Medical and sanitary report of the native army of Bengal for the year
Year: 1874
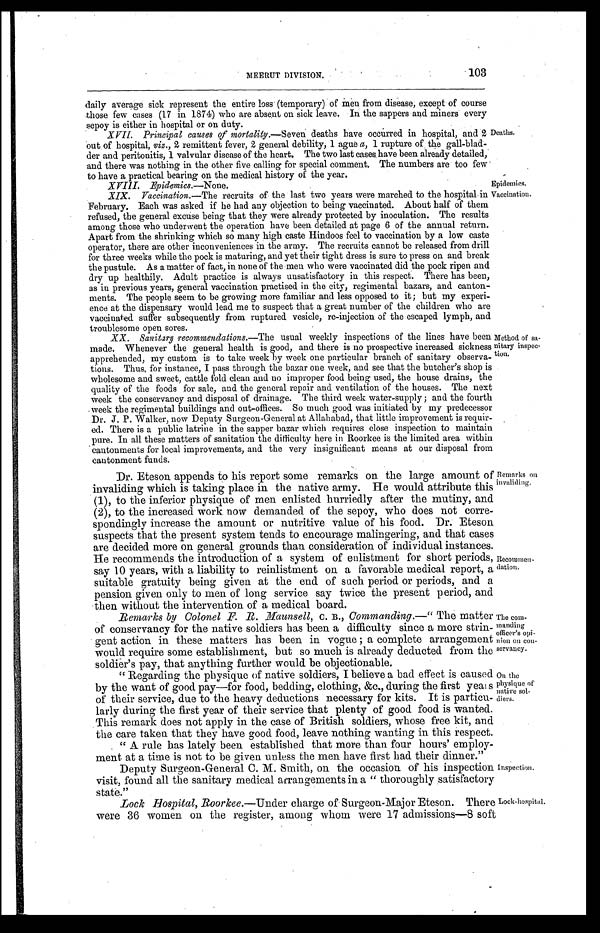
MEERUT DIVISION.
103
XVIII. Epidemics.—None.
Epidemics.
daily average sick represent the entire loss (temporary) of men from disease, except of course
those few cases (17 in 1874) who are absent on sick leave. In the sappers and miners every
sepoy is either in hospital or on duty.
XVII. Principal causes of mortality.— Seven deaths have occurred in hospital, and 2
out of hospital, viz., 2 remittent fever, 2 general debility, 1 ague a, 1 rupture of the gall-blad-
der and peritonitis, 1 valvular disease of the heart. The two last cases have been already detailed,
and there was nothing in the other five calling for special comment. The numbers are too few
to have a practical bearing on the medical history of the year.
Deaths.
XIX.
Vaccination.— The recruits of the last two years were marched to the hospital in
February. Each was asked if he had any objection to being vaccinated. About half of them
refused, the general excuse being that they were already protected by inoculation. The results
among those who underwent the operation have been detailed at page 6 of the annual return.
Apart from the shrinking which so many high caste Hindoos feel to vaccination by a low caste
operator, there are other inconveniences in the army. The recruits cannot be released from drill
for three weeks while the pock is maturing, and yet their tight dress is sure to press on and break
the pustule. As a matter of fact, in none of the men who were vaccinated did the pock ripen and
dry up healthily. Adult practice is always unsatisfactory in this respect. There has been,
as in previous years, general vaccination practised in the city, regimental bazars, and canton-
ments. The people seem to be growing more familiar and less opposed to it ; but my experi-
ence at the dispensary would lead me to suspect that a great number of the children who are
vaccinated suffer subsequently from ruptured vesicle, re-injection of the escaped lymph, and
troublesome open sores.
XX.
Sanitary recommendations.—The usual weekly inspections of the lines have been
made. Whenever the general health is good, and there is no prospective increased sickness
apprehended, my custom is to take week by week one particular branch of sanitary observa-
tions. Thus, for instance, I pass through the bazar one week, and see that the butcher's shop is
wholesome and sweet, cattle fold clean and no improper food being used, the house drains, the
quality of the foods for sale, and the general repair and ventilation of the houses. The next
week the conservancy and disposal of drainage. The third week water-supply ; and the fourth
week the regimental buildings and out-offices. So much good was initiated by my predecessor
Dr. J. P. Walker, now Deputy Surgeon-General at Allahabad, that little improvement is requir-
ed. There is a public latrine in the sapper bazar which requires close inspection to maintain
pure. In all these matters of sanitation the difficulty here in Roorkee is the limited area within
cantonments for local improvements, and the very insignificant means at our disposal from
cantonment funds.
Vaccination.
Method of sa-
nitary inspec-
tion.
Dr. Eteson appends to his report some remarks on the large amount of
invaliding which is taking place in the native army. He would attribute this
(1), to the inferior physique of men enlisted hurriedly after the mutiny, and
(2), to the increased work now demanded of the sepoy, who does not corre-
spondingly increase the amount or nutritive value of his food. Dr. Eteson
suspects that the present system tends to encourage malingering, and that cases
are decided more on general grounds than consideration of individual instances.
He recommends the introduction of a system of enlistment for short periods,
say 10 years, with a liability to reinlistment on a favorable medical report, a
suitable gratuity being given at the end of such period or periods, and a
pension given only to men of long service say twice the present period, and
then without the intervention of a medical board.
Remarks by Colonel F. R. Maunsell, C. B., Commanding.—" The matter
of conservancy for the native soldiers has been a difficulty since a more strin-
gent action in these matters has been in vogue ; a complete arrangement
would require some establishment, but so much is already deducted from the
soldier's pay, that anything further would be objectionable.
Remarks on
invaliding.
Recommen-
dation.
The com-
manding
officer's opi-
nion on con-
servancy.
" Regarding the physique of native soldiers, I believe a bad effect is caused
by the want of good pay—for food, bedding, clothing, &c., during the first years
of their service, due to the heavy deductions necessary for kits. It is particu-
larly during the first year of their service that plenty of good food is wanted.
This remark does not apply in the case of British soldiers, whose free kit, and
the care taken that they have good food, leave nothing wanting in this respect.
" A rule has lately been established that more than four hours' employ-
ment at a time is not to be given unless the men have first had their dinner."
Deputy Surgeon-General C. M. Smith, on the occasion of his inspection
visit, found all the sanitary medical arrangements in a " thoroughly satisfactory
state."
On the
physique of
native sol-
diers.
Inspection.
Lock Hospital, Roorkee.—Under charge of Surgeon-Major Eteson. There
were 36 women on the register, among whom were 17 admissions—8 soft
Lock-hospital.